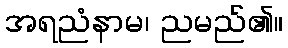
အရညံနာမ၊ ညမည်၏။